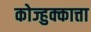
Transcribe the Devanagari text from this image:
कोज्हुक्कात्ता